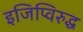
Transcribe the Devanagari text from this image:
इजिप्विरुद्ध